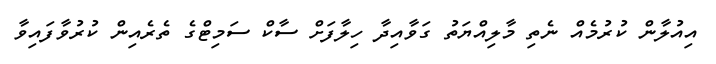
އިއުލާން ކުރުމެއް ނެތި މާލިއްޔަތު ގަވާއިދާ ހިލާފަށް ސާކް ސަމިޓްގެ ތެރެއިން ކުރުވާފައިވާ